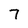
Character: 7